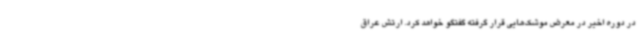
در دوره اخیر در معرض موشک‌هایی قرار گرفته گفتگو خواهد کرد. ارتش عراق